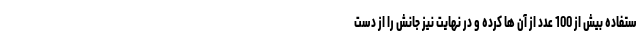
ستفاده بیش از 100 عدد از آن ها کرده و در نهایت نیز جانش را از دست